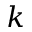
k